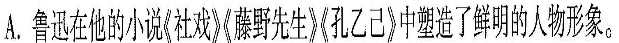
A.鲁迅在他的小说《社戏》《藤野先生》《孔乙己》中塑造了鲜明的人物形象。